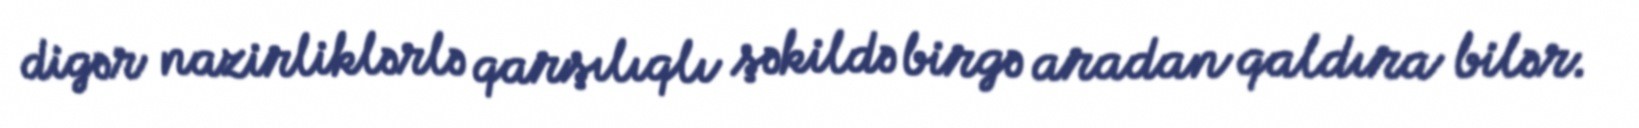
digər nazirliklərlə qarşılıqlı şəkildə birgə aradan qaldıra bilər.